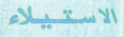
الاستيلاء